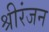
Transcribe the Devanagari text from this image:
श्रीरंजन